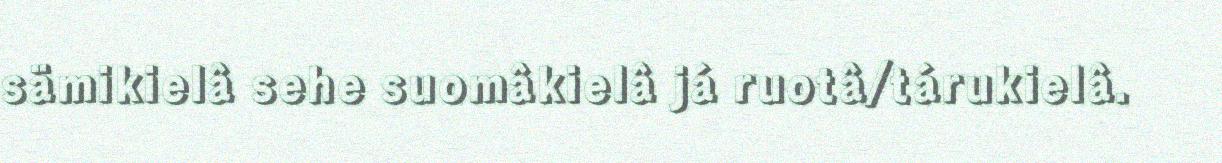
sämikielâ sehe suomâkielâ já ruotâ/tárukielâ.